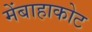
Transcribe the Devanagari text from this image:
मेंबाहाकोट